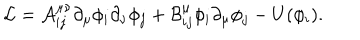
LaTeX: { \cal { L } } = { \cal { A } } _ { i j } ^ { \mu \nu } \partial _ { \mu } \phi _ { i } \partial _ { \nu } \phi _ { j } + { \cal { B } } _ { i j } ^ { \mu } \phi _ { i } \partial _ { \mu } \phi _ { j } - U ( \phi _ { i } ) .